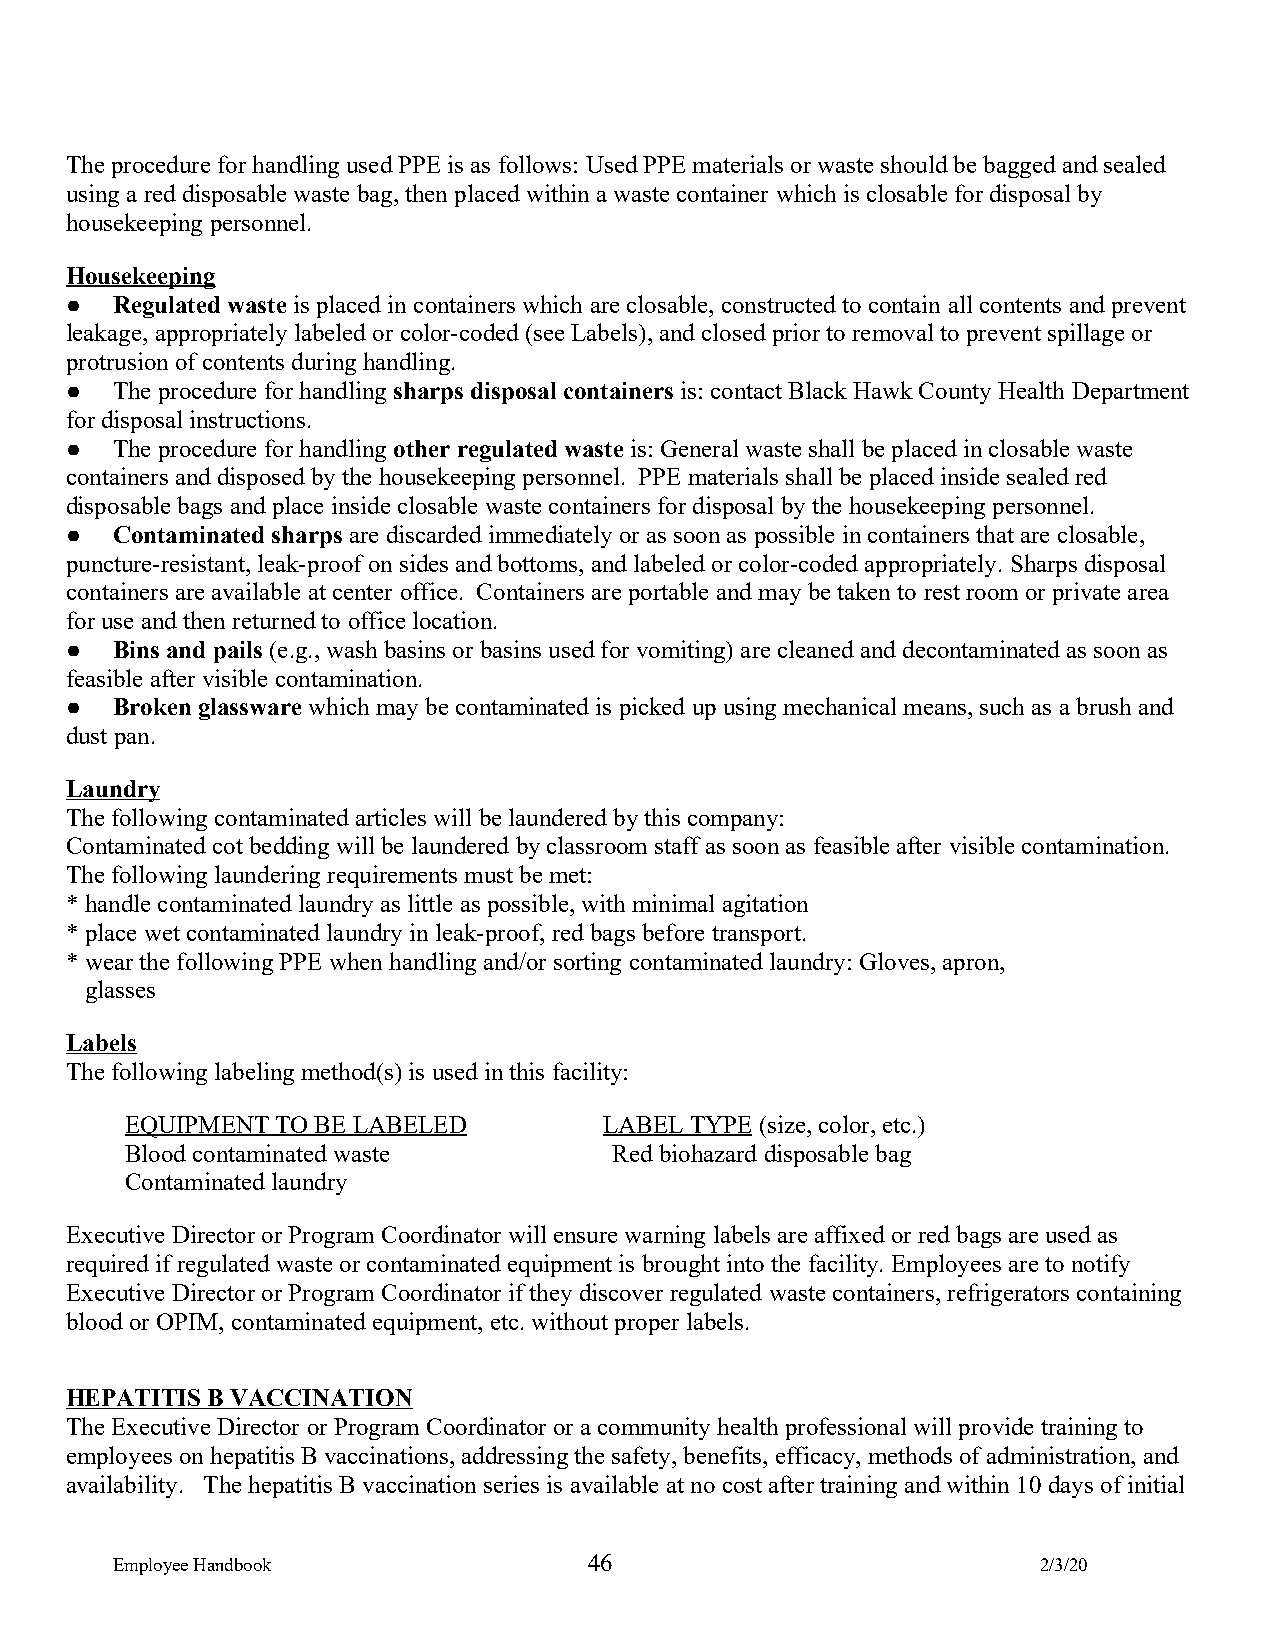
The procedure for handling used PPE is as follows: Used PPE materials or waste should be bagged and sealed
 using a red disposable waste bag, then placed within a waste container which is closable for disposal by
 housekeeping personnel.
 Housekeeping
 ●  Regulated waste is placed in containers which are closable, constructed to contain all contents and prevent
 leakage, appropriately labeled or color-coded (see Labels), and closed prior to removal to prevent spillage or
 protrusion of contents during handling.
 ●  The procedure for handling sharps disposal containers is: contact Black Hawk County Health Department
 for disposal instructions.
 ●  The procedure for handling other regulated waste is: General waste shall be placed in closable waste
 containers and disposed by the housekeeping personnel. PPE materials shall be placed inside sealed red
 disposable bags and place inside closable waste containers for disposal by the housekeeping personnel.
 ●  Contaminated sharps are discarded immediately or as soon as possible in containers that are closable,
 puncture-resistant, leak-proof on sides and bottoms, and labeled or color-coded appropriately. Sharps disposal
 containers are available at center office. Containers are portable and may be taken to rest room or private area
 for use and then returned to office location.
 ●  Bins and pails (e.g., wash basins or basins used for vomiting) are cleaned and decontaminated as soon as
 feasible after visible contamination.
 ●  Broken glassware which may be contaminated is picked up using mechanical means, such as a brush and
 dust pan.
 Laundry
 The following contaminated articles will be laundered by this company:
 Contaminated cot bedding will be laundered by classroom staff as soon as feasible after visible contamination.
 The following laundering requirements must be met:
 * handle contaminated laundry as little as possible, with minimal agitation
 * place wet contaminated laundry in leak-proof, red bags before transport.
 * wear the following PPE when handling and/or sorting contaminated laundry: Gloves, apron,
 glasses
 Labels
 The following labeling method(s) is used in this facility:
 EQUIPMENT TO BE LABELED         LABEL TYPE (size, color, etc.)
 Blood contaminated waste         Red biohazard disposable bag
 Contaminated laundry
 Executive Director or Program Coordinator will ensure warning labels are affixed or red bags are used as
 required if regulated waste or contaminated equipment is brought into the facility. Employees are to notify
 Executive Director or Program Coordinator if they discover regulated waste containers, refrigerators containing
 blood or OPIM, contaminated equipment, etc. without proper labels.
 HEPATITIS B VACCINATION
 The Executive Director or Program Coordinator or a community health professional will provide training to
 employees on hepatitis B vaccinations, addressing the safety, benefits, efficacy, methods of administration, and
 availability. The hepatitis B vaccination series is available at no cost after training and within 10 days of initial
 Employee Handbook               46                            2/3/20